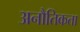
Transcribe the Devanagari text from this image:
अनौतिकता